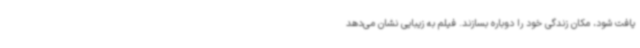
یافت شود، مکان زندگی خود را دوباره بسازند. فیلم به زیبایی نشان می‌دهد